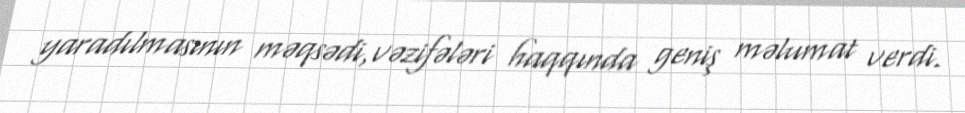
yaradılmasının məqsədi,vəzifələri haqqında geniş məlumat verdi.